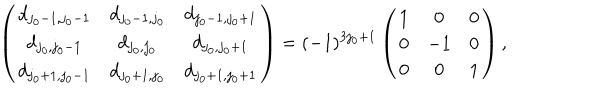
\left( \begin{array} { c c c } { { d _ { j _ { 0 } - 1 , j _ { 0 } - 1 } } } & { { d _ { j _ { 0 } - 1 , j _ { 0 } } } } & { { d _ { j _ { 0 } - 1 , j _ { 0 } + 1 } } } \\ { { d _ { j _ { 0 } , j _ { 0 } - 1 } } } & { { d _ { j _ { 0 } , j _ { 0 } } } } & { { d _ { j _ { 0 } , j _ { 0 } + 1 } } } \\ { { d _ { j _ { 0 } + 1 , j _ { 0 } - 1 } } } & { { d _ { j _ { 0 } + 1 , j _ { 0 } } } } & { { d _ { j _ { 0 } + 1 , j _ { 0 } + 1 } } } \\ \end{array} \right) = ( - 1 ) ^ { 3 j _ { 0 } + 1 } \left( \begin{array} { c c c } { { 1 } } & { { 0 } } & { { 0 } } \\ { { 0 } } & { { - 1 } } & { { 0 } } \\ { { 0 } } & { { 0 } } & { { 1 } } \\ \end{array} \right) ,